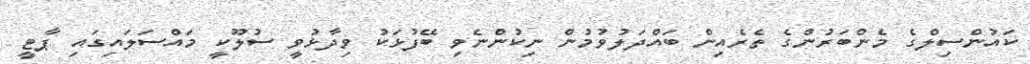
ކައުންސިލްގެ މެންބަރުންގެ ތެރެއިން ބައްދަލުވުމުން ނިކުންނެވި ބޭފުޅަކު ވިދާޅުވީ ސުލޫކީ މައްސަލައިގައި ޕާޓީ